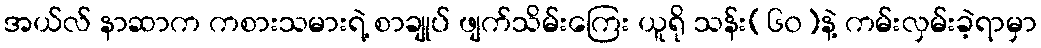
အယ်လ် နာဆာက ကစားသမားရဲ့ စာချုပ် ဖျက်သိမ်းကြေး ယူရို သန်း(၆၀)နဲ့ ကမ်းလှမ်းခဲ့ရာမှာ